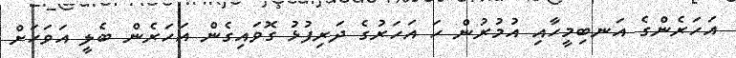
އަހަރެންގެ އަނބިމީހާއި އުމުރުން ހަ އަހަރުގެ ދަރިފުޅު ގޮވައިގެން އަހަރެން ބެލީ އަވަހަށް